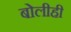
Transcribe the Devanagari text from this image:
बोलीही